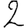
Digit: 2